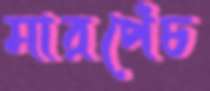
মারপেঁচ